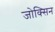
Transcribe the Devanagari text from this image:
जोक्सिन